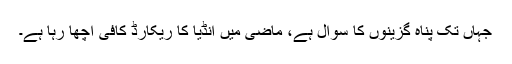
جہاں تک پناہ گزینوں کا سوال ہے، ماضی میں انڈیا کا ریکارڈ کافی اچھا رہا ہے۔